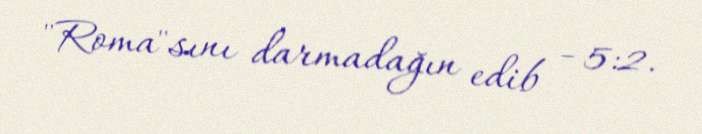
"Roma"sını darmadağın edib - 5:2.